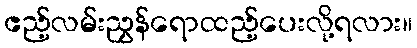
ဧည့်လမ်းညွှန်ရောထည့်ပေးလို့ရလား။